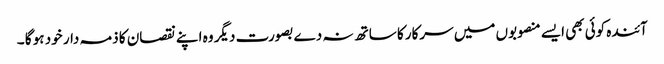
آئندہ کوئی بھی ایسے منصوبوں میں سرکار کا ساتھ نہ دے بصورت دیگر وہ اپنے نقصان کا ذمہ دار خود ہو گا ۔